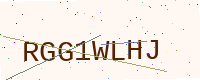
Text: RGG1WLHJ